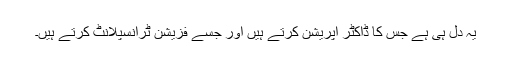
یہ دل ہی ہے جس کا ڈاکٹر آپریشن کرتے ہیں اور جسے فزیشن ٹرانسپلانٹ کرتے ہیں۔